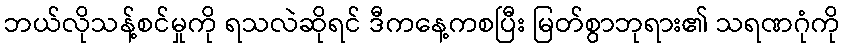
ဘယ်လိုသန့်စင်မှုကို ရသလဲဆိုရင် ဒီကနေ့ကစပြီး မြတ်စွာဘုရား၏ သရဏဂုံကို